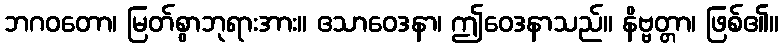
ဘဂဝတော၊ မြတ်စွာဘုရားအား။ ဧသာဝေဒနာ၊ ဤဝေဒနာသည်။ နိဗ္ဗတ္တာ၊ ဖြစ်၏။